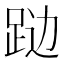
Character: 𲃦